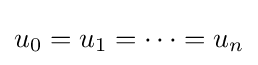
u_{0}=u_{1}=\cdots =u_{n}